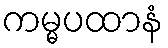
ကမ္မပထာနံ